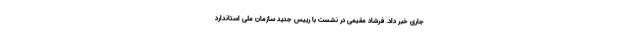
جاری خبر داد. فرشاد مقیمی در نشست با رییس جدید سازمان ملی استاندارد